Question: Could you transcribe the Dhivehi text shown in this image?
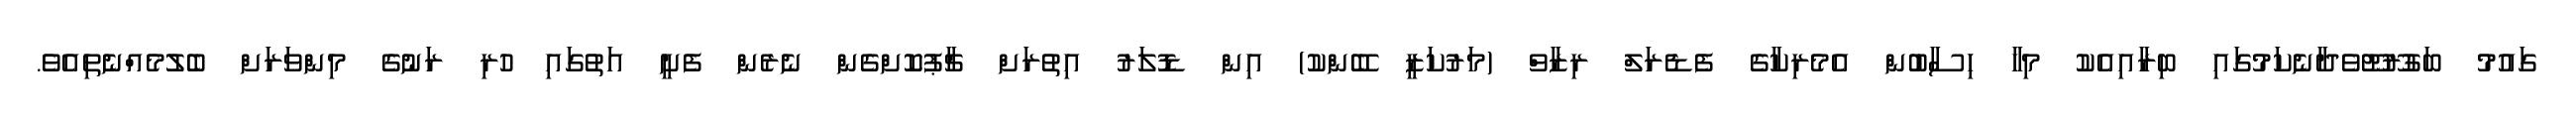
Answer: ގައުމު ބަގުރޫޓޫވެދާނެކަމުގައި ބިރާއިއެކު މިހާ ހިސާބުން އެމެރިކާގެ ފެޑެރަލް ރިޒާވް (މަރުކަޒީ ބޭންކު) އިން ޑޮލަރު އިތުރަށް ޗާޕުކޮށްގެން ނެރެން ފެށީ އަތުގައި ހުރި ރަނުގެ މިންވަރަށް ބެލުމެއްނެތިއެވެ.